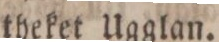
theket Ugglan.